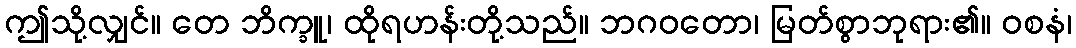
ဤသို့လျှင်။ တေ ဘိက္ခူ၊ ထိုရဟန်းတို့သည်။ ဘဂဝတော၊ မြတ်စွာဘုရား၏။ ဝစနံ၊